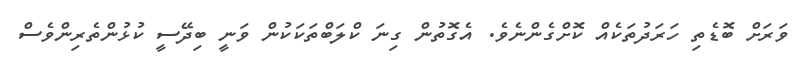
ވަރަށް ބޮޑެތި ހަރަދުތަކެއް ކޮށްގެންނެވެ. އެގޮތުން ގިނަ ކްލަބްތަކަކުން ވަނީ ބިދޭސީ ކުޅުންތެރިންވެސް